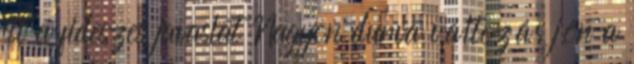
itt a fideszes javaslat Nagyon durva változás jön a